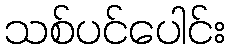
သစ်ပင်ပေါင်း